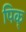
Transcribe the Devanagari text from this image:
पिक्